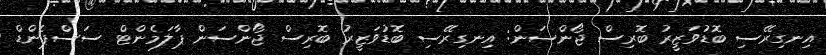
އިނގިރޭސި ބޮޑުވަޒީރު ބޮރިސް ޖޯންސަން: އިނގިރޭސި ބޮޑުވަޒީރު ބޮރިސް ޖޯންސަން ޕާލަމެންޓް ސަސްޕެންޑް